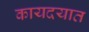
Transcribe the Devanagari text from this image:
कायदयात